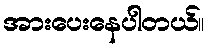
အားပေးနေပါတယ်။